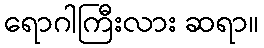
ရောဂါကြီးလား ဆရာ။